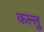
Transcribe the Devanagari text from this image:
कल्लु